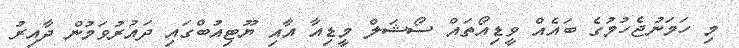
މި ހަމަނުޖެހުމުގެ ބައެއް ވީޑިއޯތައް ސޯޝަލް މީޑިއާ އާއި ޔޫޓިއުބްގައި ދައުރުވަމުން ދާއިރު